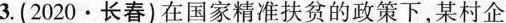
3.(2020·长春)在国家精准扶贫的政策下，某村企